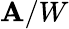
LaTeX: \mathbf{A}/W